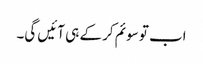
اب تو سوئم کر کے ہی آئیں گی۔